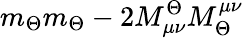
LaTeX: m_{\Theta}m_{\Theta}-2M_{\mu\nu}^{\Theta}M_{\Theta}^{\mu\nu}